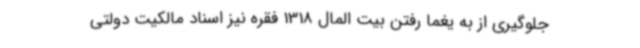
جلوگیری از به یغما رفتن بیت المال 1318 فقره نیز اسناد مالکیت دولتی